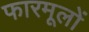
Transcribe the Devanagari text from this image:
फारमूलों